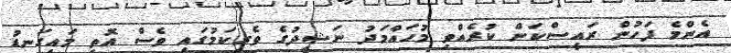
އެންމެ ފަހުން ރައީސްކަން ކުރެއްވި މުހައްމަދު ނަޝީދުގެ ވެރިކަމުގައި ވެސް އޮތީ މައިގަނޑު